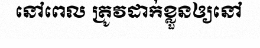
នៅពេល ត្រូវដាក់ខ្លួនឲ្យនៅ